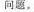
问题。